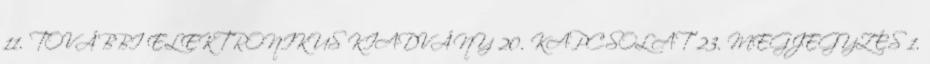
11. TOVÁBBI ELEKTRONIKUS KIADVÁNY 20. KAPCSOLAT 23. MEGJEGYZÉS 1.